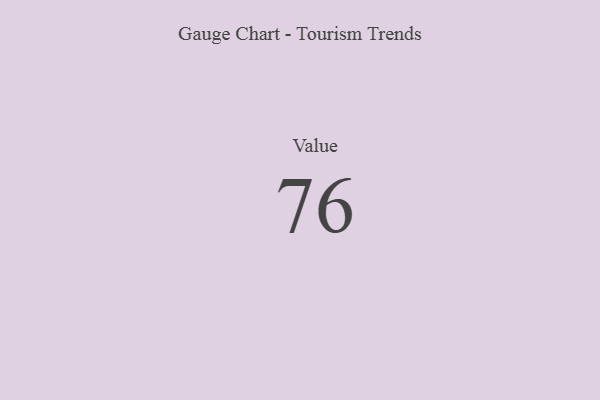
{"axis": {"x": "Metric", "y": "Value"}, "legend": [""], "data": [{"x": "Value", "y": 76, "type": ""}]}